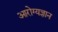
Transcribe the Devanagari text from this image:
आरोग्यज्ञान